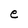
Character: e